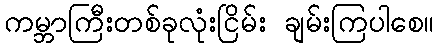
ကမ္ဘာကြီးတစ်ခုလုံးငြိမ်း ချမ်းကြပါစေ။